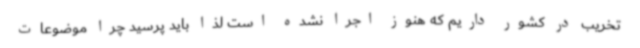
تخریب در کشور داریم که هنوز اجرا نشده است لذا باید پرسید چرا موضوعات